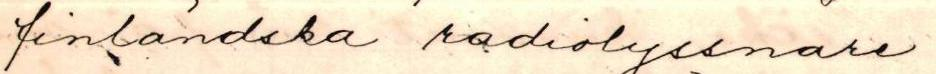
finländska radiolyssnare